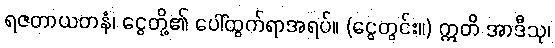
ရဇတာယတနံ၊ ငွေတို့၏ ပေါ်ထွက်ရာအရပ်။ (ငွေတွင်း။) ဣတိ အာဒီသု၊